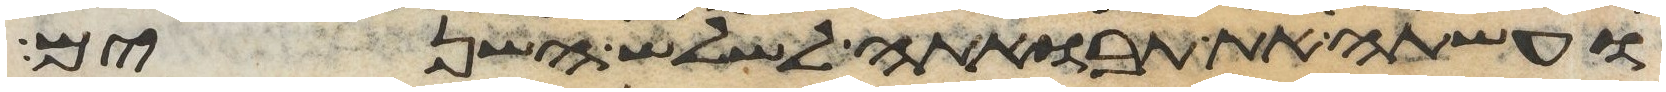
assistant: ועשתה את תבואתה לשלש השנים